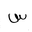
Letter: _sin